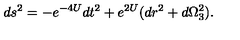
d s ^ { 2 } = - e ^ { - 4 U } d t ^ { 2 } + e ^ { 2 U } ( d r ^ { 2 } + d \Omega _ { 3 } ^ { 2 } ) .